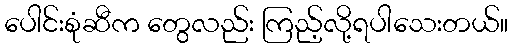
ပေါင်းစုံဆီက တွေလည်း ကြည့်လို့ရပါသေးတယ်။